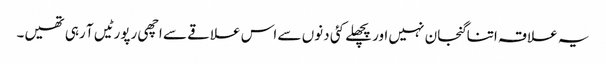
یہ علاقہ اتنا گنجان نہیں اور پچھلے کئی دنوں سے اس علاقے سے اچھی رپورٹیں آ رہی تھیں۔